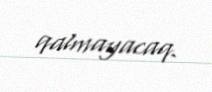
qalmayacaq.